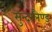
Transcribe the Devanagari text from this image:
सुन्दरलैण्ड